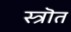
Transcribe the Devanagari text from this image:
स्त्रॊत